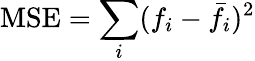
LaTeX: \textrm{MSE}=\sum_{i}(f_{i}-\bar{f}_{i})^{2}